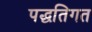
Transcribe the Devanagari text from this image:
पद्धतिगत